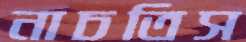
নাচতিস